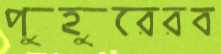
পুহুরেরব